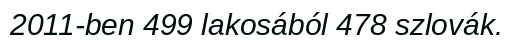
2011-ben 499 lakosából 478 szlovák.